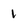
Character: 1